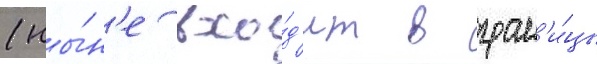
(ны́н'е вхо́д'ит в гран'и́цы